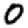
Digit: 0